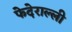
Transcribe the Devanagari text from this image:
फेदेराल्ली